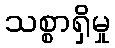
သစ္စာရှိမှု